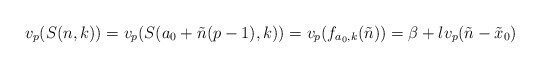
\begin{align*}v_p(S(n,k))=v_p(S(a_0+\tilde{n}(p-1),k))=v_p(f_{a_0,k}(\tilde{n}))=\beta+lv_p(\tilde{n}-\tilde{x}_0)\end{align*}